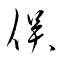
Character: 俣